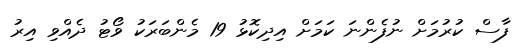
ފާސް ކުރުމަށް ނުފެންނަ ކަމަށް އިދިކޮޅު 19 މެންބަރަކު ވޯޓު ދެއްވި އިރު